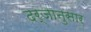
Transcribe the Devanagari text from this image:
दर्जानुसार